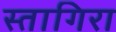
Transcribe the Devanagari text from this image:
स्तागिरा